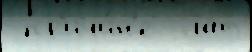
 пр'ичи́н'е  лат